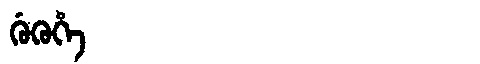
Manchu: ᡤᡠᡴᡠᡥᡝ
Romanization: GUKUHE